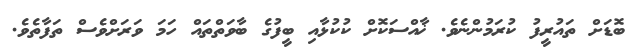
ބޮޑަށް ތައުރީފު ކުރަމުންނެވެ. ޚާއްސަކޮށް ކުކުޅާއި ބީފުގެ ބާވަތްތައް ހަމަ ވަރަށްވެސް ތަފާތެވެ.